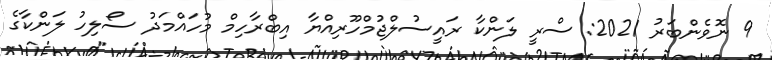
9 ނޮވެންބަރު 2021: ސްރީ ލަންކާ ރައީސުލްޖުމްހޫރިއްޔާ އިބްރާހިމް މުހައްމަދު ސޯލިހު ލަންކާގެ